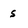
Character: s